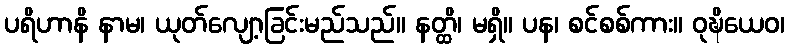
ပရိဟာနိ နာမ၊ ယုတ်လျော့ခြင်းမည်သည်။ နတ္ထိ၊ မရှိ။ ပန၊ စင်စစ်ကား။ ဝုဍ္ဎိယေဝ၊